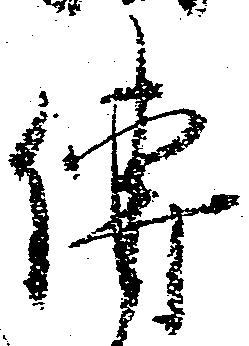
伝